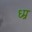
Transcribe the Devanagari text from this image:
ध्म्र